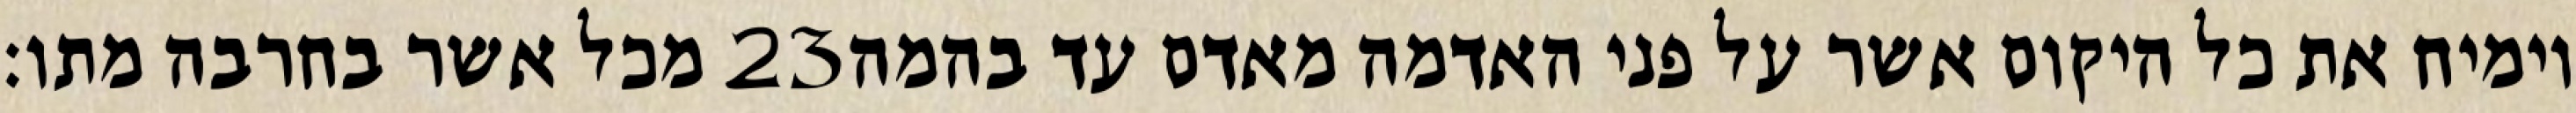
מכל אשר בחרבה מתו׃ ‎23‏ וימיח את כל היקום אשר על פני האדמה מאדם עד בהמה